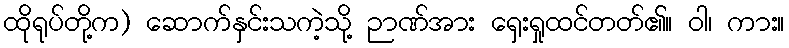
ထိုရုပ်တို့က) ဆောက်နှင်းသကဲ့သို့ ဉာဏ်အား ရှေးရှုထင်တတ်၏။ ဝါ၊ ကား။